system: You are a helpful assistant.
user:
Analyze the provided spectrum to determine if it is a **M-type Giant (gM)**.

A M-type Giant spectrum is defined by its **strong molecular absorption** features, particularly from **Titanium Oxide (TiO)**. You must check for one of the following mutually exclusive signatures:

- **Key Visual Indicators (Absorption-Dominated Spectrum):**

    - **(Primary):** The spectrum is dominated by strong molecular absorption from **Titanium Oxide (TiO)**. This is the **defining feature** of its M-type temperature class.
        - **(Key Bandheads):** Look for sharp, "saw-tooth" absorption valleys. The strongest are located near **~7050 Å**, **~6160 Å**, and **~5170 Å**.
        - **(Line Profile):** The "saw-tooth" morphology is critical: a **sharp, steep drop on the BLUE (short-wavelength) side** of the bandhead, followed by a gradual recovery (rising flux) towards the RED (long-wavelength) side.

    - **(Key Confirmation - Giant vs. Dwarf):** **ABSENCE** of strong **Calcium Hydride (CaH)** molecular bands. This is the primary diagnostic for *excluding* M-dwarfs.
        - **(Key Region):** The spectrum should lack the strong, broad absorption band seen in dwarfs between **~6800 Å and ~7000 Å**.

    - **(Secondary Confirmation - Giant):** A very strong and broad **Neutral Calcium (Ca I)** atomic absorption line.
        - **(Key Line):** Located at **~4226 Å**. In a giant (gM), this line is significantly deeper and broader than the same line in an M-dwarf (dM) due to low surface gravity.

    - **(Overall Spectrum):**
        - The continuum is **extremely red-sloping** (i.e., flux is very low in the blue and rises dramatically towards the red).
        - The entire spectrum appears "chopped up" by the deep TiO bands.

Think first, call **spectral_visualization_tool** if needed to examine features in detail, then provide your final answer. Your response must adhere to the following strict rules:
1.  **Overall Structure:** Your response must follow the format `<think>...</think> <tool_call>...</tool_call> (if a tool is used) <answer>...</answer>`.
2.  **Tool Usage Constraint:** You may only make **one** tool call per turn.
3.  **Final Answer Format:** In the `<answer>` tag, your conclusion must be inside a `\boxed{}` command (e.g., `\boxed{YES}` or `\boxed{NO}`), followed by your justification.

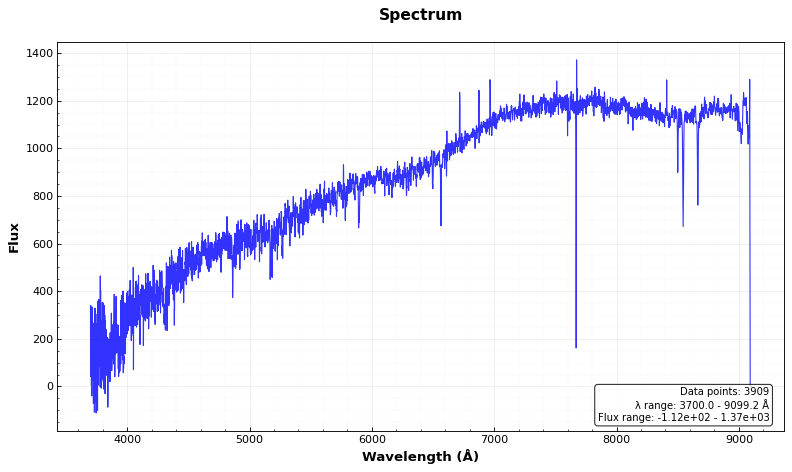
Answer: NO